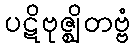
ပဋိဗုဇ္ဈိတဗ္ဗံ